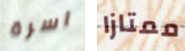
اسرة ممتازا